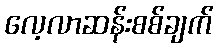
လေ့လာဆန်းစစ်ချက်